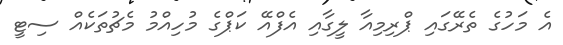
އެ މަހުގެ ތެރޭގައި ޕްރިމިއާ ލީގާއި އެފްއޭ ކަޕްގެ މުހިއްމު މެޗުތަކެއް ސިޓީ